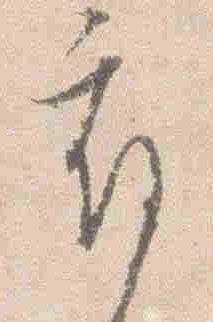
府